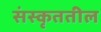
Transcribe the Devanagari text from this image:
संस्कृततील